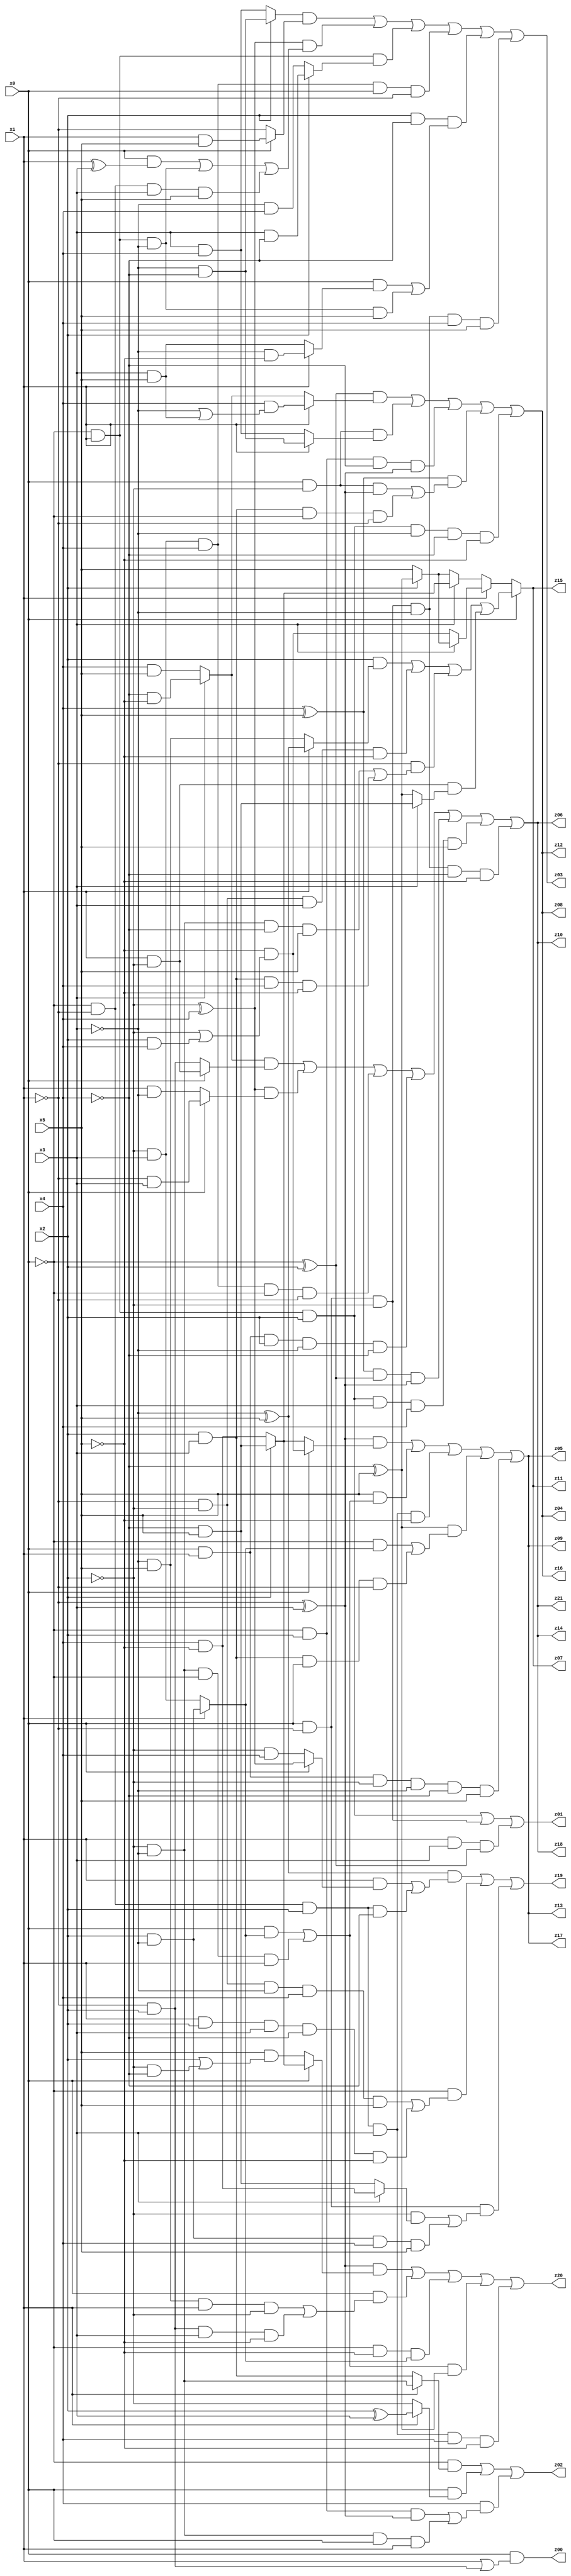
// Benchmark "q_3" written by ABC on Mon Jul 10 22:59:25 2023

module q_3 ( 
    x0, x1, x2, x3, x4, x5,
    z00, z01, z02, z03, z04, z05, z06, z07, z08, z09, z10, z11, z12, z13,
    z14, z15, z16, z17, z18, z19, z20, z21  );
  input  x0, x1, x2, x3, x4, x5;
  output z00, z01, z02, z03, z04, z05, z06, z07, z08, z09, z10, z11, z12, z13,
    z14, z15, z16, z17, z18, z19, z20, z21;
  assign z00 = x0 & (x1 | (~x1 & x2));
  assign z01 = (~x0 & x1 & x2) | (x0 & ~x1 & ~x2) | (x1 & x3 & (~x0 ^ x2));
  assign z02 = (~x0 & (x1 ? (~x2 & ~x3) : (x2 & x3))) | (x0 & (x1 ? (x2 ^ x3) : ~x2)) | (x4 & ((~x0 & x2 & (~x1 ^ x3)) | (~x2 & ~x3 & x0 & x1)));
  assign z03 = ((x2 ? (~x3 & ~x4) : (x3 & x4)) & (x0 ? (x1 & x5) : ~x1)) | ((~x2 ^ x4) & ((x0 & (x1 ^ x3)) | (~x0 & x1 & ~x3) | (~x0 & ~x1 & x3 & x5))) | (~x0 & x1 & (x2 ? (x3 & ~x4) : (~x3 & x4))) | (~x2 & x3 & x4 & x0 & ~x1) | (x2 & ~x4 & ((x0 & (x1 ? (~x3 & ~x5) : (x3 & x5))) | (~x0 & x1 & ~x3 & x5))) | (x0 & ~x1 & ~x2 & ~x3 & x4 & x5);
  assign z04 = ((~x0 ^ x2) & (x1 ? (x4 & (~x3 | (x3 & x5))) : (x3 ? (~x4 & ~x5) : (x4 & x5)))) | (x0 & ~x2 & (x1 ? (~x3 & ~x4) : (x3 & x4))) | (~x0 & x2 & ~x4 & (~x1 ^ x3)) | ((x4 ^ x5) & ((x0 & ~x2 & (~x1 ^ x3)) | (x2 & x3 & ~x0 & ~x1))) | (~x0 & x1 & x2 & ~x3 & ~x4 & ~x5);
  assign z05 = ((~x1 ^ x3) & (x0 ? (~x5 & (~x2 | (x2 & x4))) : (x2 ? (~x4 & x5) : (x4 & ~x5)))) | (x5 & ((x0 & (x1 ? (x2 & ~x3) : (~x2 & x3))) | (~x2 & ~x3 & ~x0 & x1))) | (~x0 & ~x1 & x2 & x3 & ~x5) | ((~x4 ^ x5) & ((~x0 & (x1 ? (x2 & ~x3) : (~x2 & x3))) | (x2 & x3 & x0 & ~x1))) | (x0 & x1 & ~x2 & ~x3 & ~x4 & x5);
  assign z06 = ((x3 ? (~x4 & ~x5) : (x4 & x5)) & (x0 ? (x1 & ~x2) : (~x1 & x2))) | ((~x2 ^ x4) & (x0 ? (~x1 & x3) : (x1 & ~x3))) | (~x2 & x3 & x4 & ~x0 & ~x1) | (x0 & x1 & x2 & ~x3 & ~x4) | ((x4 ^ x5) & (~x0 ^ x2) & (~x1 ^ x3)) | (~x0 & x1 & x2 & x3 & x4 & x5) | (x0 & ~x1 & ~x2 & ~x3 & ~x4 & ~x5);
  assign z07 = x0 ? ((x2 & (x1 ? (~x3 ^ x5) : (~x3 & x5))) | (~x1 & ~x2 & x3 & ~x5) | (~x1 & ((~x2 & ~x3 & ~x4 & x5) | (x2 & x3 & x4 & ~x5))) | (x1 & ~x2 & (x3 ? (~x4 & x5) : (~x4 ^ x5)))) : (x1 ? (x3 ? (x2 ? (~x4 ^ x5) : x5) : (~x5 & (~x2 | (x2 & x4)))) : (x3 ? (x2 ? (~x4 & x5) : (x4 & ~x5)) : (x2 ? (~x4 ^ x5) : x5)));
  assign z08 = ((~x0 ^ x2) & (x1 ? (x4 & (~x3 | (x3 & x5))) : (x3 ? (~x4 & ~x5) : (x4 & x5)))) | (x0 & ~x2 & (x1 ? (~x3 & ~x4) : (x3 & x4))) | (~x0 & x2 & ~x4 & (~x1 ^ x3)) | ((x4 ^ x5) & ((x0 & ~x2 & (~x1 ^ x3)) | (x2 & x3 & ~x0 & ~x1))) | (~x0 & x1 & x2 & ~x3 & ~x4 & ~x5);
  assign z09 = ((~x1 ^ x3) & (x0 ? (~x5 & (~x2 | (x2 & x4))) : (x2 ? (~x4 & x5) : (x4 & ~x5)))) | (x5 & ((x0 & (x1 ? (x2 & ~x3) : (~x2 & x3))) | (~x2 & ~x3 & ~x0 & x1))) | (~x0 & ~x1 & x2 & x3 & ~x5) | ((~x4 ^ x5) & ((~x0 & (x1 ? (x2 & ~x3) : (~x2 & x3))) | (x2 & x3 & x0 & ~x1))) | (x0 & x1 & ~x2 & ~x3 & ~x4 & x5);
  assign z10 = ((x3 ? (~x4 & ~x5) : (x4 & x5)) & (x0 ? (x1 & ~x2) : (~x1 & x2))) | ((~x2 ^ x4) & (x0 ? (~x1 & x3) : (x1 & ~x3))) | (~x2 & x3 & x4 & ~x0 & ~x1) | (x0 & x1 & x2 & ~x3 & ~x4) | ((x4 ^ x5) & (~x0 ^ x2) & (~x1 ^ x3)) | (~x0 & x1 & x2 & x3 & x4 & x5) | (x0 & ~x1 & ~x2 & ~x3 & ~x4 & ~x5);
  assign z11 = x0 ? ((x2 & (x1 ? (~x3 ^ x5) : (~x3 & x5))) | (~x1 & ~x2 & x3 & ~x5) | (~x1 & ((~x2 & ~x3 & ~x4 & x5) | (x2 & x3 & x4 & ~x5))) | (x1 & ~x2 & (x3 ? (~x4 & x5) : (~x4 ^ x5)))) : (x1 ? (x3 ? (x2 ? (~x4 ^ x5) : x5) : (~x5 & (~x2 | (x2 & x4)))) : (x3 ? (x2 ? (~x4 & x5) : (x4 & ~x5)) : (x2 ? (~x4 ^ x5) : x5)));
  assign z12 = ((~x0 ^ x2) & (x1 ? (x4 & (~x3 | (x3 & x5))) : (x3 ? (~x4 & ~x5) : (x4 & x5)))) | (x0 & ~x2 & (x1 ? (~x3 & ~x4) : (x3 & x4))) | (~x0 & x2 & ~x4 & (~x1 ^ x3)) | ((x4 ^ x5) & ((x0 & ~x2 & (~x1 ^ x3)) | (x2 & x3 & ~x0 & ~x1))) | (~x0 & x1 & x2 & ~x3 & ~x4 & ~x5);
  assign z13 = ((~x1 ^ x3) & (x0 ? (~x5 & (~x2 | (x2 & x4))) : (x2 ? (~x4 & x5) : (x4 & ~x5)))) | (x5 & ((x0 & (x1 ? (x2 & ~x3) : (~x2 & x3))) | (~x2 & ~x3 & ~x0 & x1))) | (~x0 & ~x1 & x2 & x3 & ~x5) | ((~x4 ^ x5) & ((~x0 & (x1 ? (x2 & ~x3) : (~x2 & x3))) | (x2 & x3 & x0 & ~x1))) | (x0 & x1 & ~x2 & ~x3 & ~x4 & x5);
  assign z14 = ((x3 ? (~x4 & ~x5) : (x4 & x5)) & (x0 ? (x1 & ~x2) : (~x1 & x2))) | ((~x2 ^ x4) & (x0 ? (~x1 & x3) : (x1 & ~x3))) | (~x2 & x3 & x4 & ~x0 & ~x1) | (x0 & x1 & x2 & ~x3 & ~x4) | ((x4 ^ x5) & (~x0 ^ x2) & (~x1 ^ x3)) | (~x0 & x1 & x2 & x3 & x4 & x5) | (x0 & ~x1 & ~x2 & ~x3 & ~x4 & ~x5);
  assign z15 = x0 ? ((x2 & (x1 ? (~x3 ^ x5) : (~x3 & x5))) | (~x1 & ~x2 & x3 & ~x5) | (~x1 & ((~x2 & ~x3 & ~x4 & x5) | (x2 & x3 & x4 & ~x5))) | (x1 & ~x2 & (x3 ? (~x4 & x5) : (~x4 ^ x5)))) : (x1 ? (x3 ? (x2 ? (~x4 ^ x5) : x5) : (~x5 & (~x2 | (x2 & x4)))) : (x3 ? (x2 ? (~x4 & x5) : (x4 & ~x5)) : (x2 ? (~x4 ^ x5) : x5)));
  assign z16 = ((~x0 ^ x2) & (x1 ? (x4 & (~x3 | (x3 & x5))) : (x3 ? (~x4 & ~x5) : (x4 & x5)))) | (x0 & ~x2 & (x1 ? (~x3 & ~x4) : (x3 & x4))) | (~x0 & x2 & ~x4 & (~x1 ^ x3)) | ((x4 ^ x5) & ((x0 & ~x2 & (~x1 ^ x3)) | (x2 & x3 & ~x0 & ~x1))) | (~x0 & x1 & x2 & ~x3 & ~x4 & ~x5);
  assign z17 = ((~x1 ^ x3) & (x0 ? (~x5 & (~x2 | (x2 & x4))) : (x2 ? (~x4 & x5) : (x4 & ~x5)))) | (x5 & ((x0 & (x1 ? (x2 & ~x3) : (~x2 & x3))) | (~x2 & ~x3 & ~x0 & x1))) | (~x0 & ~x1 & x2 & x3 & ~x5) | ((~x4 ^ x5) & ((~x0 & (x1 ? (x2 & ~x3) : (~x2 & x3))) | (x2 & x3 & x0 & ~x1))) | (x0 & x1 & ~x2 & ~x3 & ~x4 & x5);
  assign z18 = ((x3 ? (~x4 & ~x5) : (x4 & x5)) & (x0 ? (x1 & ~x2) : (~x1 & x2))) | ((~x2 ^ x4) & (x0 ? (~x1 & x3) : (x1 & ~x3))) | (~x2 & x3 & x4 & ~x0 & ~x1) | (x0 & x1 & x2 & ~x3 & ~x4) | ((x4 ^ x5) & (~x0 ^ x2) & (~x1 ^ x3)) | (~x0 & x1 & x2 & x3 & x4 & x5) | (x0 & ~x1 & ~x2 & ~x3 & ~x4 & ~x5);
  assign z19 = ((~x3 ^ x5) & ((x1 & (x0 ? (~x2 ^ x4) : (~x2 & x4))) | (~x0 & ~x1 & x2 & ~x4))) | (~x0 & ((~x1 & ~x2 & ~x3 & x4 & x5) | (x1 & x2 & x3 & ~x4 & ~x5))) | (x0 & ~x1 & ((~x2 & (x3 ? (x4 & ~x5) : (~x4 & x5))) | (x2 & ~x3 & x4 & x5)));
  assign z20 = ((~x1 ^ x3) & (x0 ? (x2 ? (~x4 & x5) : (x4 & ~x5)) : (x5 & (x2 | (~x2 & ~x4))))) | (x0 & ((~x3 & x5 & x1 & ~x2) | (~x1 & x2 & x3 & ~x5))) | (~x0 & ~x5 & (x1 ? (x2 & ~x3) : (~x2 & x3))) | (((x0 & (x1 ? (x2 & ~x3) : (~x2 & x3))) | (~x2 & ~x3 & ~x0 & x1)) & (~x4 ^ x5)) | (~x0 & ~x1 & x2 & x3 & x4 & ~x5);
  assign z21 = ((x3 ? (~x4 & ~x5) : (x4 & x5)) & (x0 ? (x1 & ~x2) : (~x1 & x2))) | ((~x2 ^ x4) & (x0 ? (~x1 & x3) : (x1 & ~x3))) | (~x2 & x3 & x4 & ~x0 & ~x1) | (x0 & x1 & x2 & ~x3 & ~x4) | ((x4 ^ x5) & (~x0 ^ x2) & (~x1 ^ x3)) | (~x0 & x1 & x2 & x3 & x4 & x5) | (x0 & ~x1 & ~x2 & ~x3 & ~x4 & ~x5);
endmodule